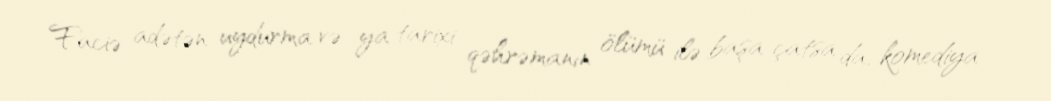
Faciə adətən uydurma və ya tarixi qəhrəmanın ölümü ilə başa çatsa da, komediya